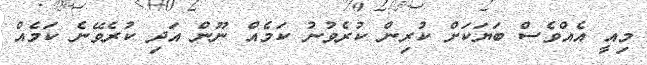
މިއީ އެއްވެސް ބަޔަކަށް ކުރިން ކުރެވުނު ކަމެއް ނޫން އަދި ކުރެވޭނެ ކަމެއް